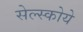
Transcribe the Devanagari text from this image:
सेल्स्कोये